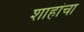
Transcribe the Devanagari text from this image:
शाहांचा